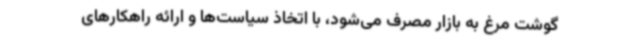
گوشت مرغ به بازار مصرف می‌شود، با اتخاذ سیاست‌ها و ارائه راهکارهای